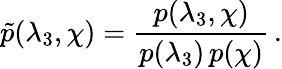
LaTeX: \tilde{p}(\lambda_{3},\chi)=\frac{p(\lambda_{3},\chi)}{p(\lambda_{3})\, p(\chi)}\, .